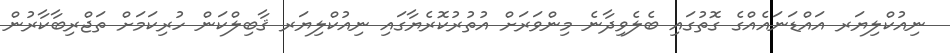
ނިއުކްލިޔަރ އައްޑަނައެއްގެ ގޮތުގައި ބެލެވިދާނެ މިންވަރަށް އުތުރުކޮރެޔާގައި ނިއުކްލިޔަރ ޤާބިލްކަން ހުރިކަމަށް ތަޖްރިބާކާރުން